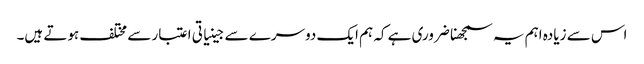
اس سے زیادہ اہم یہ سمجھنا ضروری ہے کہ ہم ایک دوسرے سے جینیاتی اعتبار سے مختلف ہوتے ہیں۔